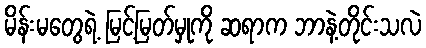
မိန်းမတွေရဲ့ မြင့်မြတ်မှုကို ဆရာက ဘာနဲ့တိုင်းသလဲ